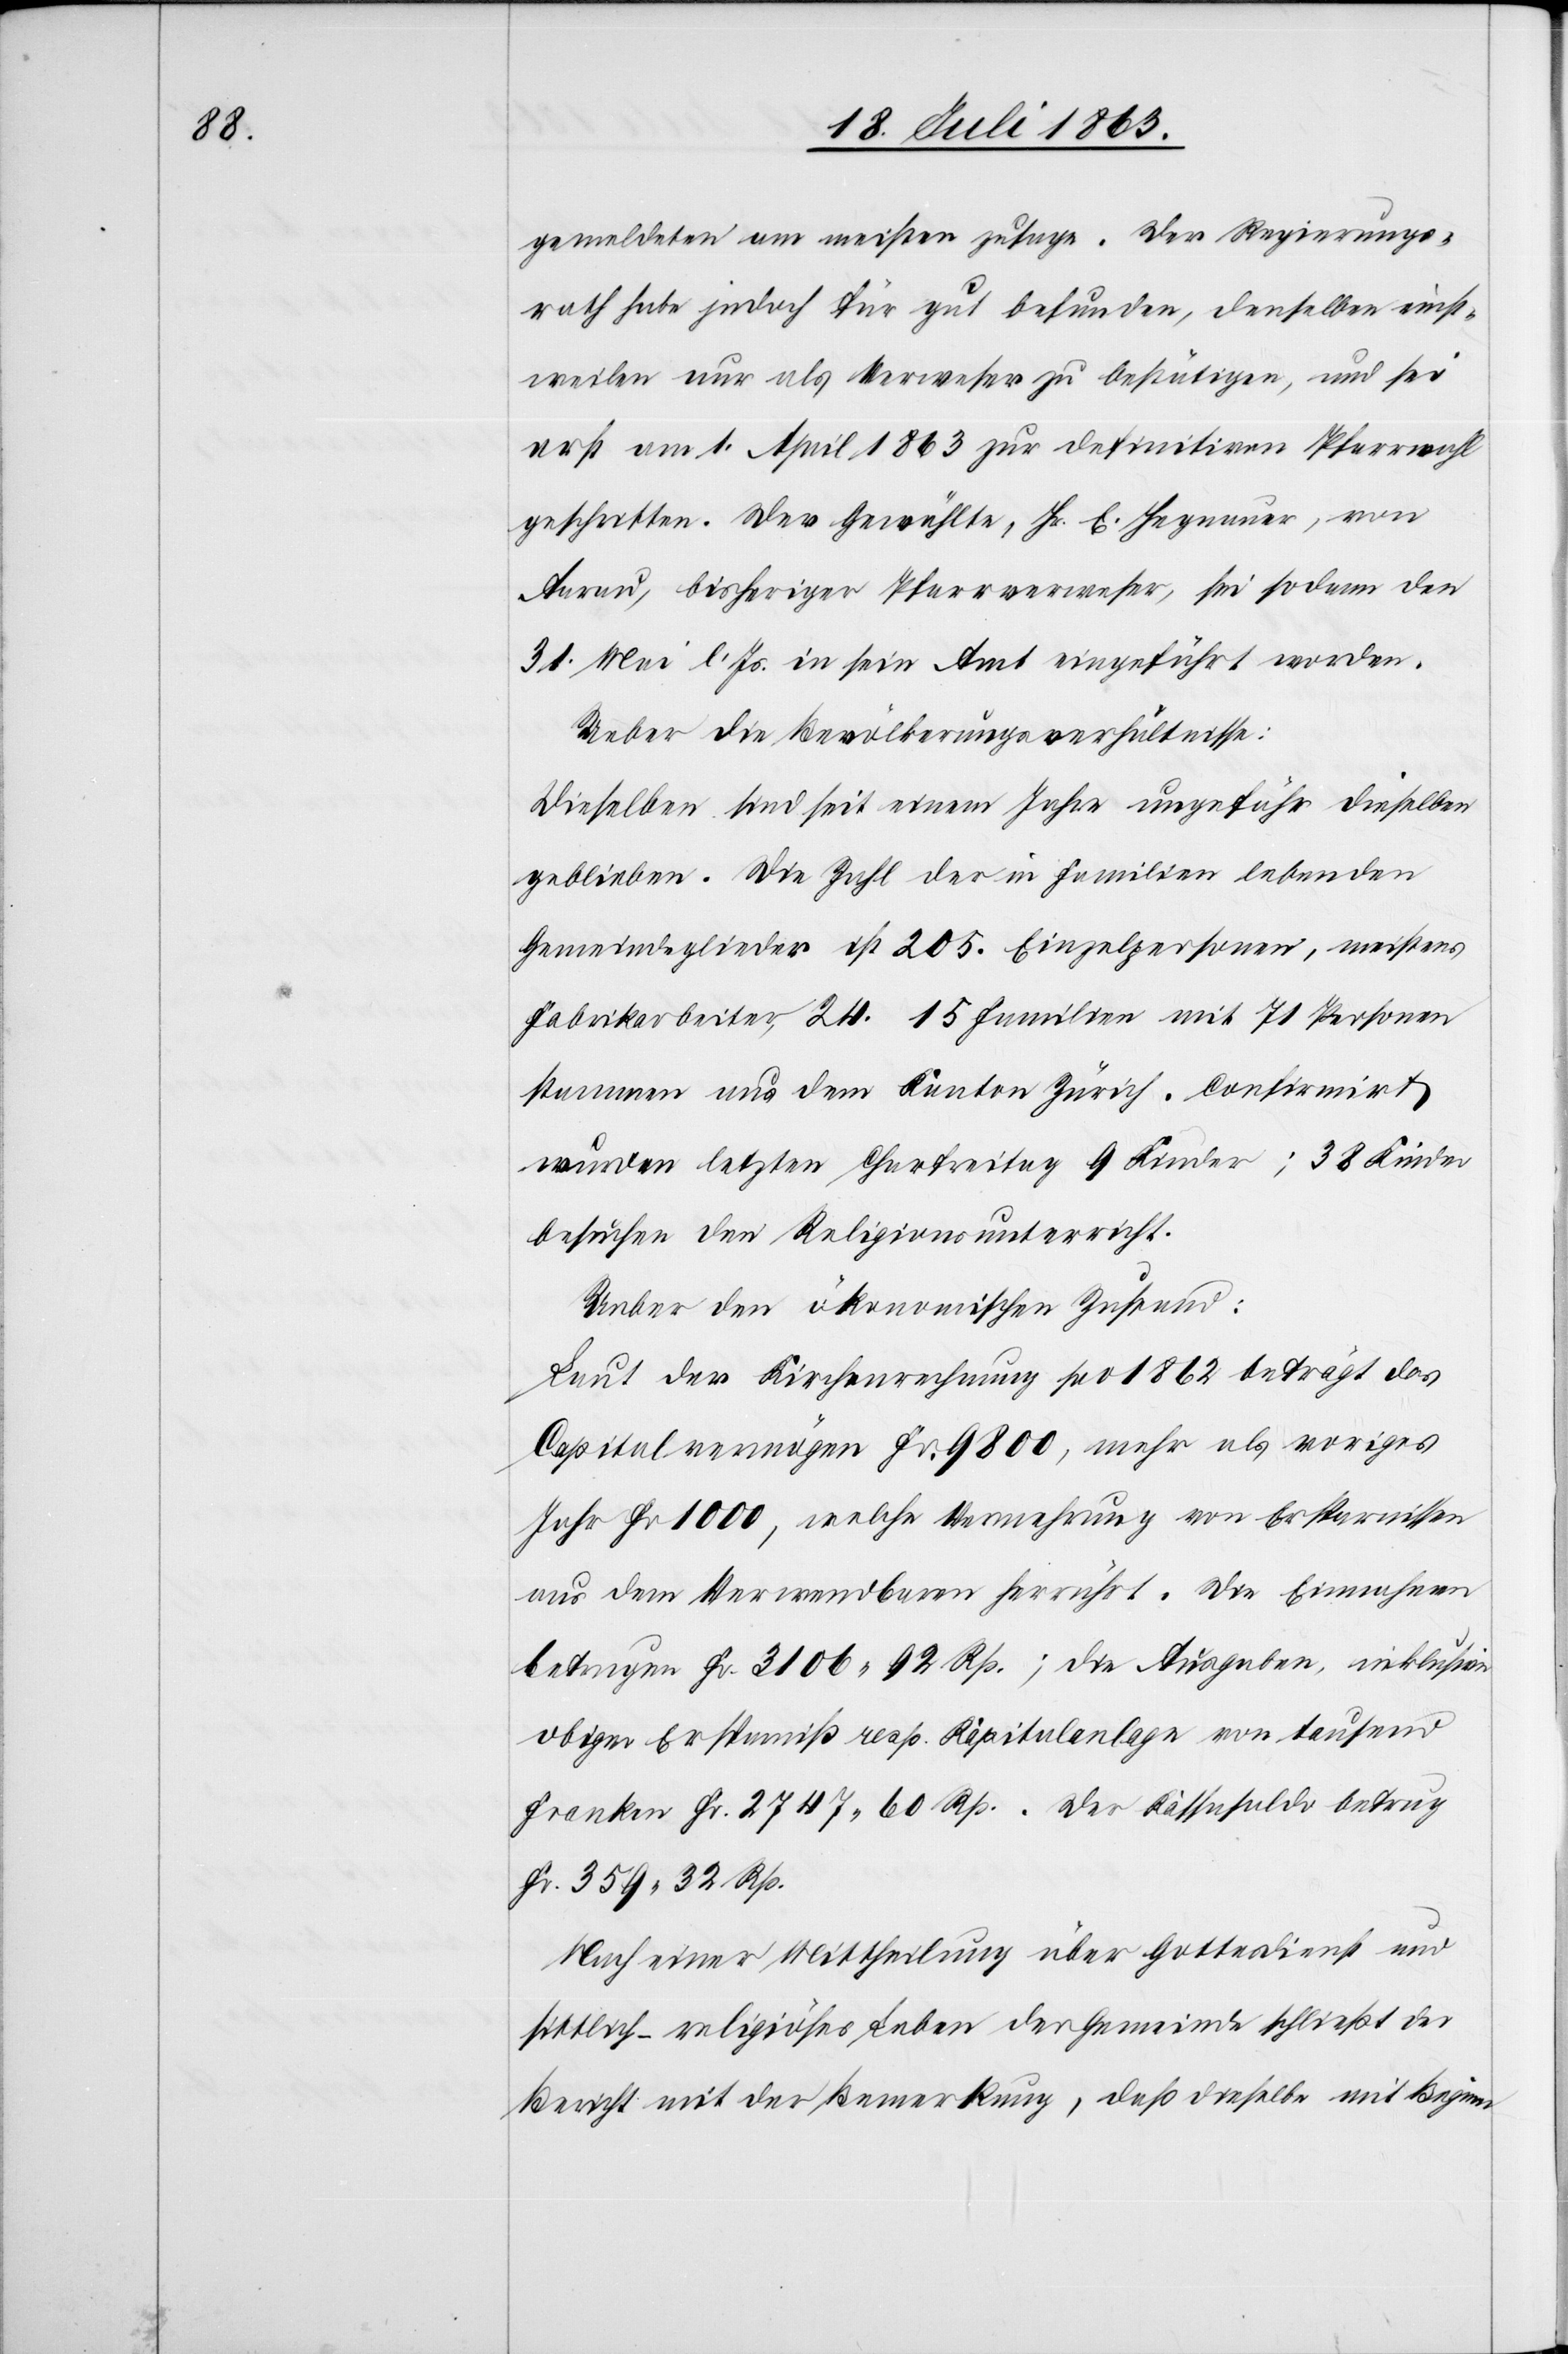
gemeldeten am meisten zusage. Der Regierungs¬
rath habe jedoch für gut befunden, denselben einst¬
weilen nur als Verweser zu bestätigen, und sei
erst am 1. April 1863 zur definitiven Pfarrwahl
geschritten. Der Gewählte, Hr. E. Hegnauer, von
Aarau, bisheriger Pfarrverweser, sei sodann den
31. Mai l. Js. in sein Amt eingeführt worden.
Ueber die Bevölkerungsverhältnisse:
Dieselben sind sei einem Jahre ungefähr dieselben
geblieben. Die Zahl der in Familien lebenden
Gemeindeglieder ist 205. Einzelpersonen, meistens
Fabrikarbeiter, 24. 15 Familien mit 71 Personen
stammen aus dem Kanton Zürich. Confirmirt
wurden letzten Charfreitag 9 Kinder; 38 Kinder
besuchen den Religionsunterricht.
Ueber den ökonomischen Zustand:
Laut der Kirchenrechnung pro 1862 beträgt das
Capitalvermögen Fr. 9800, mehr als voriges
Jahr Fr 1000, welche Vermehrung von Ersparnissen
aus dem Verwendbaren herrührt. Die Einnahmen
betrugen Fr. 3106. 92 Rp.; die Ausgaben inklusive
obiger Ersparniß resp. Kapitalanlage von tausend
Franken Fr. 2747. 60 Rp.. Der Kassasaldo betrug
Fr. 359. 32 Rp.
Nach einer Mittheilung über Gottesdienst und
sittlich-religiöses Leben der Gemeinde schließt der
Bericht mit der Bemerkung, daß dieselbe mit Beginn